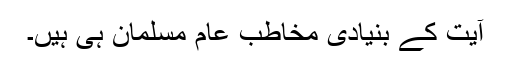
آیت کے بنیادی مخاطب عام مسلمان ہی ہیں۔